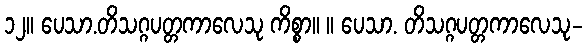
၁၂။ ပေသာ.တိသဂ္ဂပတ္တကာလေသု ကိစ္စာ။ ။ ပေသာ. တိသဂ္ဂပတ္တကာလေသု-